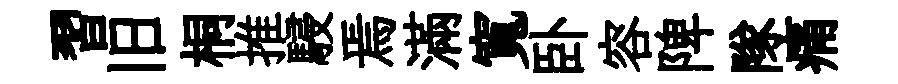
習旧桐推駸焉滿寬卧容陴隊痛